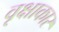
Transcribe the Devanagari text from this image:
वृक्षाकार